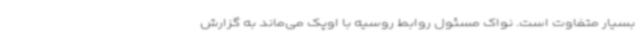
بسیار متفاوت است. نواک مسئول روابط روسیه با اوپک می‌ماند به گزارش